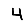
Digit: 4